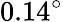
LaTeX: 0.14^{\circ}